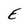
Character: E